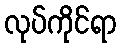
လုပ်ကိုင်ရာ